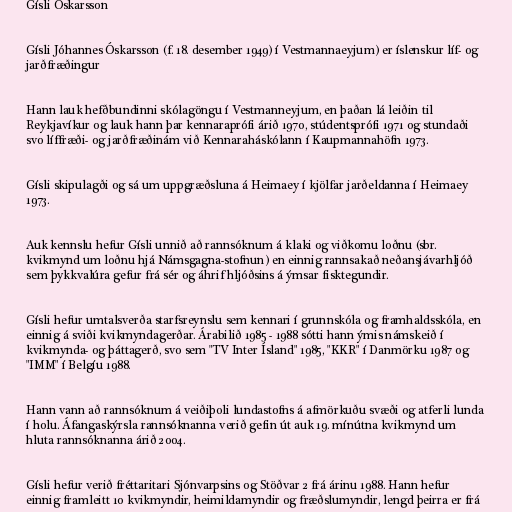
Gísli Óskarsson

Gísli Jóhannes Óskarsson (f. 18. desember 1949) í Vestmannaeyjum) er íslenskur líf- og
jarðfræðingur

Hann lauk hefðbundinni skólagöngu í Vestmanneyjum, en þaðan lá leiðin til
Reykjavíkur og lauk hann þar kennaraprófi árið 1970, stúdentsprófi 1971 og stundaði
svo líffræði- og jarðfræðinám við Kennaraháskólann í Kaupmannahöfn 1973.

Gísli skipulagði og sá um uppgræðsluna á Heimaey í kjölfar jarðeldanna í Heimaey
1973.

Auk kennslu hefur Gísli unnið að rannsóknum á klaki og viðkomu loðnu (sbr.
kvikmynd um loðnu hjá Námsgagna-stofnun) en einnig rannsakað neðansjávarhljóð
sem þykkvalúra gefur frá sér og áhrif hljóðsins á ýmsar fisktegundir.

Gísli hefur umtalsverða starfsreynslu sem kennari í grunnskóla og framhaldsskóla, en
einnig á sviði kvikmyndagerðar. Árabilið 1985 - 1988 sótti hann ýmis námskeið í
kvikmynda- og þáttagerð, svo sem "TV Inter Ísland" 1985, "KKR" í Danmörku 1987 og
"IMM" í Belgíu 1988.

Hann vann að rannsóknum á veiðiþoli lundastofns á afmörkuðu svæði og atferli lunda
í holu. Áfangaskýrsla rannsóknanna verið gefin út auk 19. mínútna kvikmynd um
hluta rannsóknanna árið 2004.

Gísli hefur verið fréttaritari Sjónvarpsins og Stöðvar 2 frá árinu 1988. Hann hefur
einnig framleitt 10 kvikmyndir, heimildamyndir og fræðslumyndir, lengd þeirra er frá